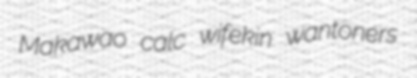
Makawao calc wifekin wantoners